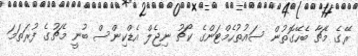
ރޭގެ މެޗާ ބެހޭގޮތުން ސައުތުހެމްޓަންގެ ކޯޗު ނިޖެލް އެޑްކިންސް ބުނީ މެޗުގެ ފުރަތަމަ